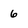
Character: 6